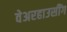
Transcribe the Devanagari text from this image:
वेअरहाउसींग